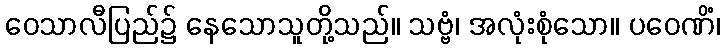
ဝေသာလီပြည်၌ နေသောသူတို့သည်။ သဗ္ဗံ၊ အလုံးစုံသော။ ပဝေဏိံ၊